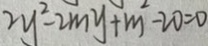
2 y ^ { 2 } - 2 m y + m ^ { 2 } - 2 0 = 0